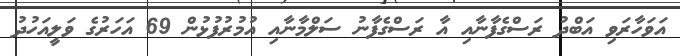
އަވަހާރަވި އަބްދު ރަސްގެފާނާއި އާ ރަސްގެފާނު ސަލްމާނާއި އުމުރުފުޅުން 69 އަހަރުގެ ވަލީއަހުދު